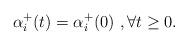
LaTeX: \begin{align*}\alpha_i^+(t)=\alpha_i^+(0) \ , \forall t \ge 0.\end{align*}